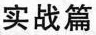
实战篇